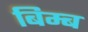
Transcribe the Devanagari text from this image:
बिम्‍ब